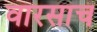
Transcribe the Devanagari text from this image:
वारसाच